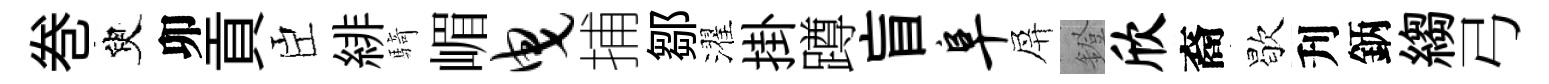
巻臾卯貢臣緋騎嵋曳捕鄒濯掛蹲盲阜屏鐙欣裔歇刋鈵縐弓